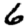
Digit: 6